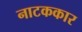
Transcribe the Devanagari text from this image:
नाटककार